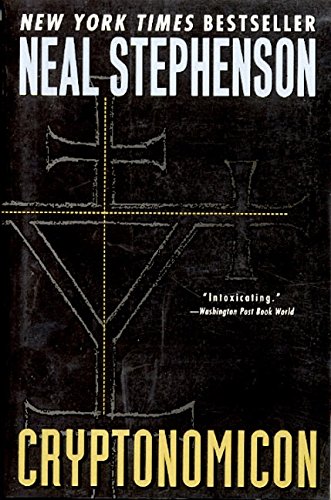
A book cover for Cryptonomicon; Neal Stephenson; Mystery, Thriller & Suspense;